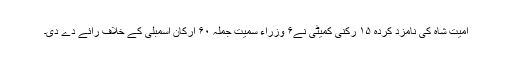
امیت شاہ کی نامزد کردہ ۱۵ رکنی کمیٹی نے۶ وزراء سمیت جملہ ۶۰ ارکان اسمبلی کے خلاف رائے دے دی۔